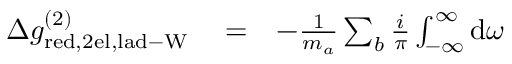
\begin{array} { r l r } { \Delta g _ { \mathrm { r e d , 2 e l , l a d - W } } ^ { ( 2 ) } } & { { } = } & { - \frac { 1 } { m _ { a } } \sum _ { b } \frac { i } { \pi } \int _ { - \infty } ^ { \infty } \mathrm { d } \omega } \end{array}